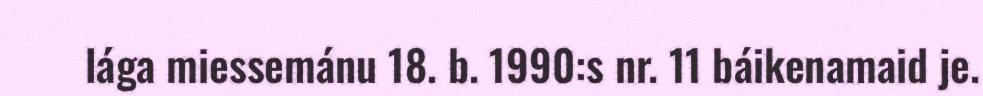
lága miessemánu 18. b. 1990:s nr. 11 báikenamaid je.